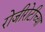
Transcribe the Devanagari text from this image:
रोजीरोटीच्या